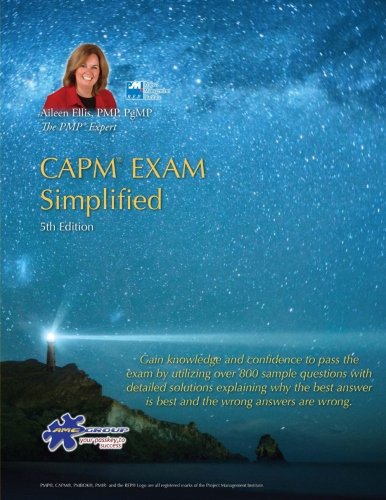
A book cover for CAPMÂ® Exam Simplified: Aligned to PMBOK Guide 5th Edition (CAPM Exam Prep 2013 and PMP Exam Prep 2013 Series) (Volume 1); Aileen Ellis PMP; Test Preparation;